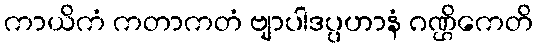
ကာယိကံ ကတာကတံ ဗျာပါဒပ္ပဟာနံ ဂဏ္ဌိကေတိ